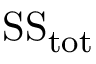
{ \mathrm { S S } } _ { \mathrm { t o t } }